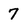
Character: 7